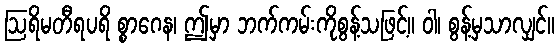
ဩရိမတီရပရိ စ္စာဂေန၊ ဤမှာ ဘက်ကမ်းကိုစွန့်သဖြင့်။ ဝါ၊ စွန့်မှသာလျှင်။